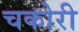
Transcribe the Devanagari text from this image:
चकोरी